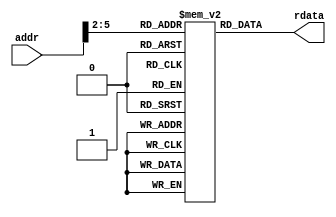
module imem #(
    parameter SIZE = 16,
    parameter DWIDTH = 32
)(
    input  [DWIDTH-1 : 0] addr,  // byte address
    output [DWIDTH-1 : 0] rdata  // read data
);

    reg [DWIDTH-1 : 0] RAM [SIZE-1 : 0];

    integer idx;
    initial begin
        for (idx = 0; idx < SIZE; idx = idx+1) RAM[idx] = {(DWIDTH){ 1'h0 }};
    end

    assign rdata = RAM[addr[$clog2(SIZE)+1:2]];

endmodule